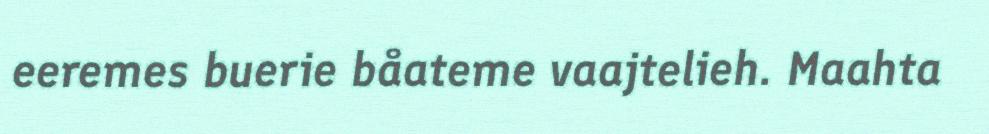
eeremes buerie båateme vaajtelieh. Maahta